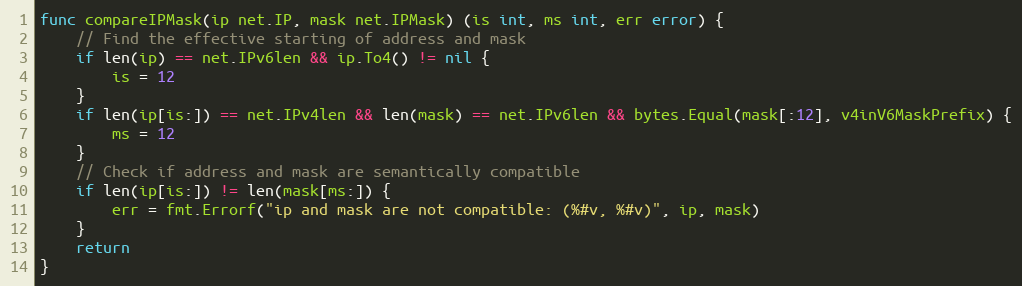
Language: Go
func compareIPMask(ip net.IP, mask net.IPMask) (is int, ms int, err error) {
	// Find the effective starting of address and mask
	if len(ip) == net.IPv6len && ip.To4() != nil {
		is = 12
	}
	if len(ip[is:]) == net.IPv4len && len(mask) == net.IPv6len && bytes.Equal(mask[:12], v4inV6MaskPrefix) {
		ms = 12
	}
	// Check if address and mask are semantically compatible
	if len(ip[is:]) != len(mask[ms:]) {
		err = fmt.Errorf("ip and mask are not compatible: (%#v, %#v)", ip, mask)
	}
	return
}